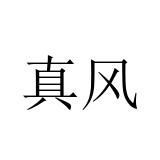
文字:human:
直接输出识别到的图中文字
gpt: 真风